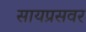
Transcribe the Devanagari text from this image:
सायप्रसवर